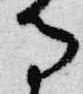
寺